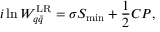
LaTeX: i \ln W _ { q \bar { q } } ^ { \mathrm { L R } } = \sigma S _ { \mathrm { m i n } } + { \frac { 1 } { 2 } } C P ,